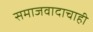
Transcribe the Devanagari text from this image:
समाजवादाचाही